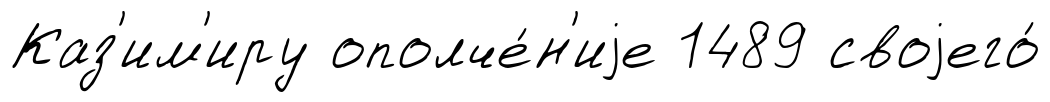
Каз'им'иру ополче́н'иjе 1489 своjего́